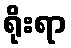
ရိုးရာ